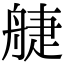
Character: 𦩌